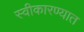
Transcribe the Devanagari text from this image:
स्‍वीकारण्‍यात